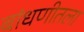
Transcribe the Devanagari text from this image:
बांधणीतला